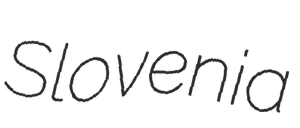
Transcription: Slovenia